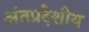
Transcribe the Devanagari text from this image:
अंतप्रदेशीय